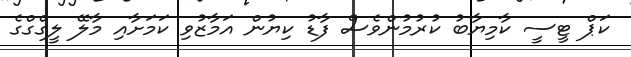
ކަޕް ޓީސީ ކާމިޔާބު ކުރުމުންވެސް ފާޑު ކިޔުން އަމާޒުވި ކަމަށާއި މާލޭ ލީގްގްގެ